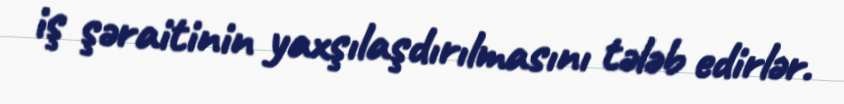
iş şəraitinin yaxşılaşdırılmasını tələb edirlər.